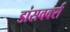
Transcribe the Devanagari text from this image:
डांसवर्क्स